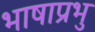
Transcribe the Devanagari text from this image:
भाषाप्रभु